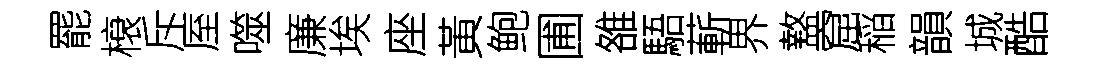
罷榱斥厔噬廉埃座黃鲍圃雒䮏蔪界盩窟稲韻城酷